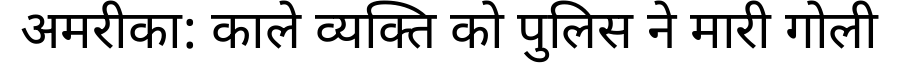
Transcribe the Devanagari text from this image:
अमरीका: काले व्यक्ति को पुलिस ने मारी गोली